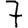
Digit: 7